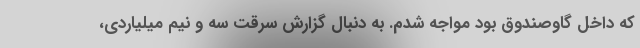
که داخل گاوصندوق بود مواجه شدم. به دنبال گزارش سرقت سه و نیم میلیاردی،